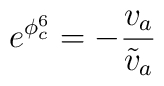
e^{\phi^6_c}=-{v_a\over\tilde v_a}